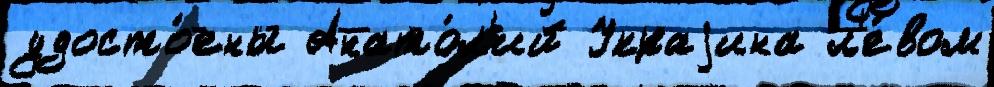
удосто́ены Анато́л'ий Украjина л'е́вом